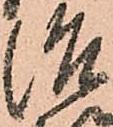
治